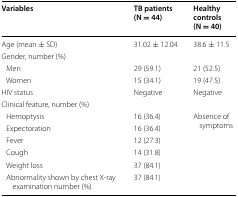
<table><thead><tr><td><b>Variables</b></td><td><b>TB patients (N = 44)</b></td><td><b>Healthy controls (N = 40)</b></td></tr></thead><tbody><tr><td>Age (mean ± SD)</td><td>31.02 ± 12.04</td><td>38.6 ± 11.5</td></tr><tr><td colspan="3">Gender, number (%)</td></tr><tr><td> Men</td><td>29 (59.1)</td><td>21 (52.5)</td></tr><tr><td> Women</td><td>15 (34.1)</td><td>19 (47.5)</td></tr><tr><td>HIV status</td><td>Negative</td><td>Negative</td></tr><tr><td colspan="3">Clinical feature, number (%)</td></tr><tr><td> Hemoptysis</td><td>16 (36.4)</td><td rowspan="6">Absence of symptoms</td></tr><tr><td> Expectoration</td><td>16 (36.4)</td></tr><tr><td> Fever</td><td>12 (27.3)</td></tr><tr><td> Cough</td><td>14 (31.8)</td></tr><tr><td> Weight loss</td><td>37 (84.1)</td></tr><tr><td> Abnormality shown by chest X-ray examination number (%)</td><td>37 (84.1)</td></tr></tbody></table>